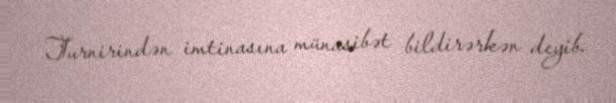
Turnirindən imtinasına münasibət bildirərkən deyib.